Civil Veterinary Dept. Bombay admin report 1907-1913 - 1907-1913
Year: 1907
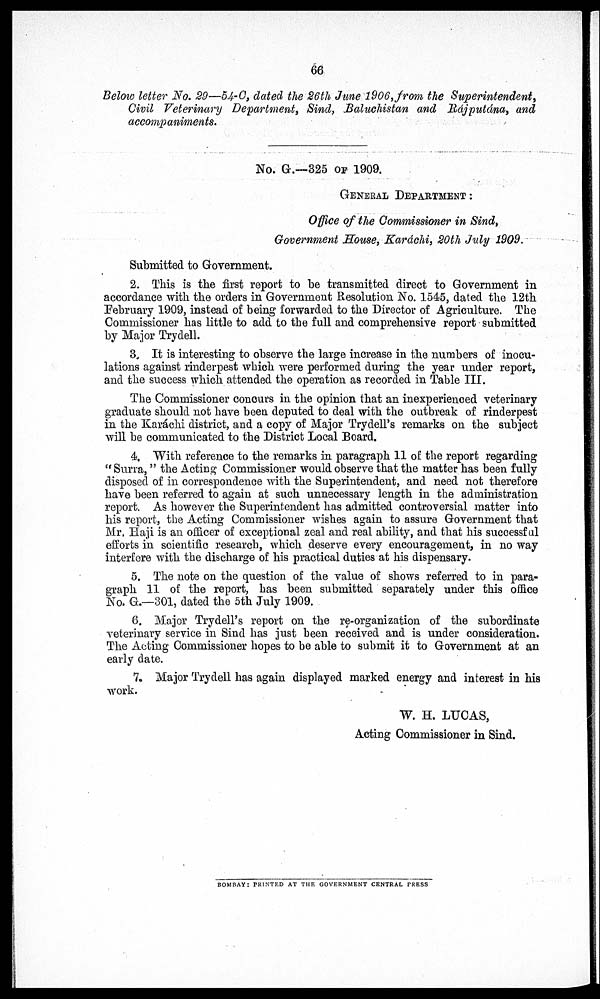
66
Below letter No. 29—54-C, dated the 26th June 1906, from the Superintendent,
Civil Veterinary Department, Sind, Baluchistan and Rajputána, and
accompaniments.
No. G.—325 or 1909.
GENERAL DEPARTMENT :
Office of the Commissioner in Sind,
Government House, Karachi, 20th July 1909.
Submitted to Government.
2. This is the first report to be transmitted direct to Government in
accordance with the orders in Government Resolution No. 1545, dated the 12th
February 1909, instead of being forwarded to the Director of Agriculture. The
Commissioner has little to add to the full and comprehensive report submitted
by Major Trydell.
3. It is interesting to observe the large increase in the numbers of inocu-
lations against rinderpest which were performed during the year under report,
and the success which attended the operation as recorded in Table III.
The Commissioner concurs in the opinion that an inexperienced veterinary
graduate should not have been deputed to deal with the outbreak of rinderpest
in the Karachi district, and a copy of Major Trydell's remarks on the subject
will be communicated to the District Local Board.
4. With reference to the remarks in paragraph 11 of the report regarding
" Surra, " the Acting Commissioner would observe that the matter has been fully
disposed of in correspondence with the Superintendent, and need not therefore
have been referred to again at such unnecessary length in the administration
report. As however the Superintendent has admitted controversial matter into
his report, the Acting Commissioner wishes again to assure Government that
Mr. Haji is an officer of exceptional zeal and real ability, and that his successful
efforts in scientific research, which deserve every encouragement, in no way
interfere with the discharge of his practical duties at his dispensary.
5. The note on the question of the value of shows referred to in para-
graph 11 of the report, has been submitted separately under this office
No. G.—301, dated the 5th July 1909.
6. Major Trydell's report on the re-organization of the subordinate
veterinary service in Sind has just been received and is under consideration.
The Acting Commissioner hopes to be able to submit it to Government at an
early date.
7. Major Trydell has again displayed marked energy and interest in his
work.
W. H. LUCAS,
Acting Commissioner in Sind.
BOMBAY: PRINTED AT THE GOVERNMENT CENTRAL PRESS